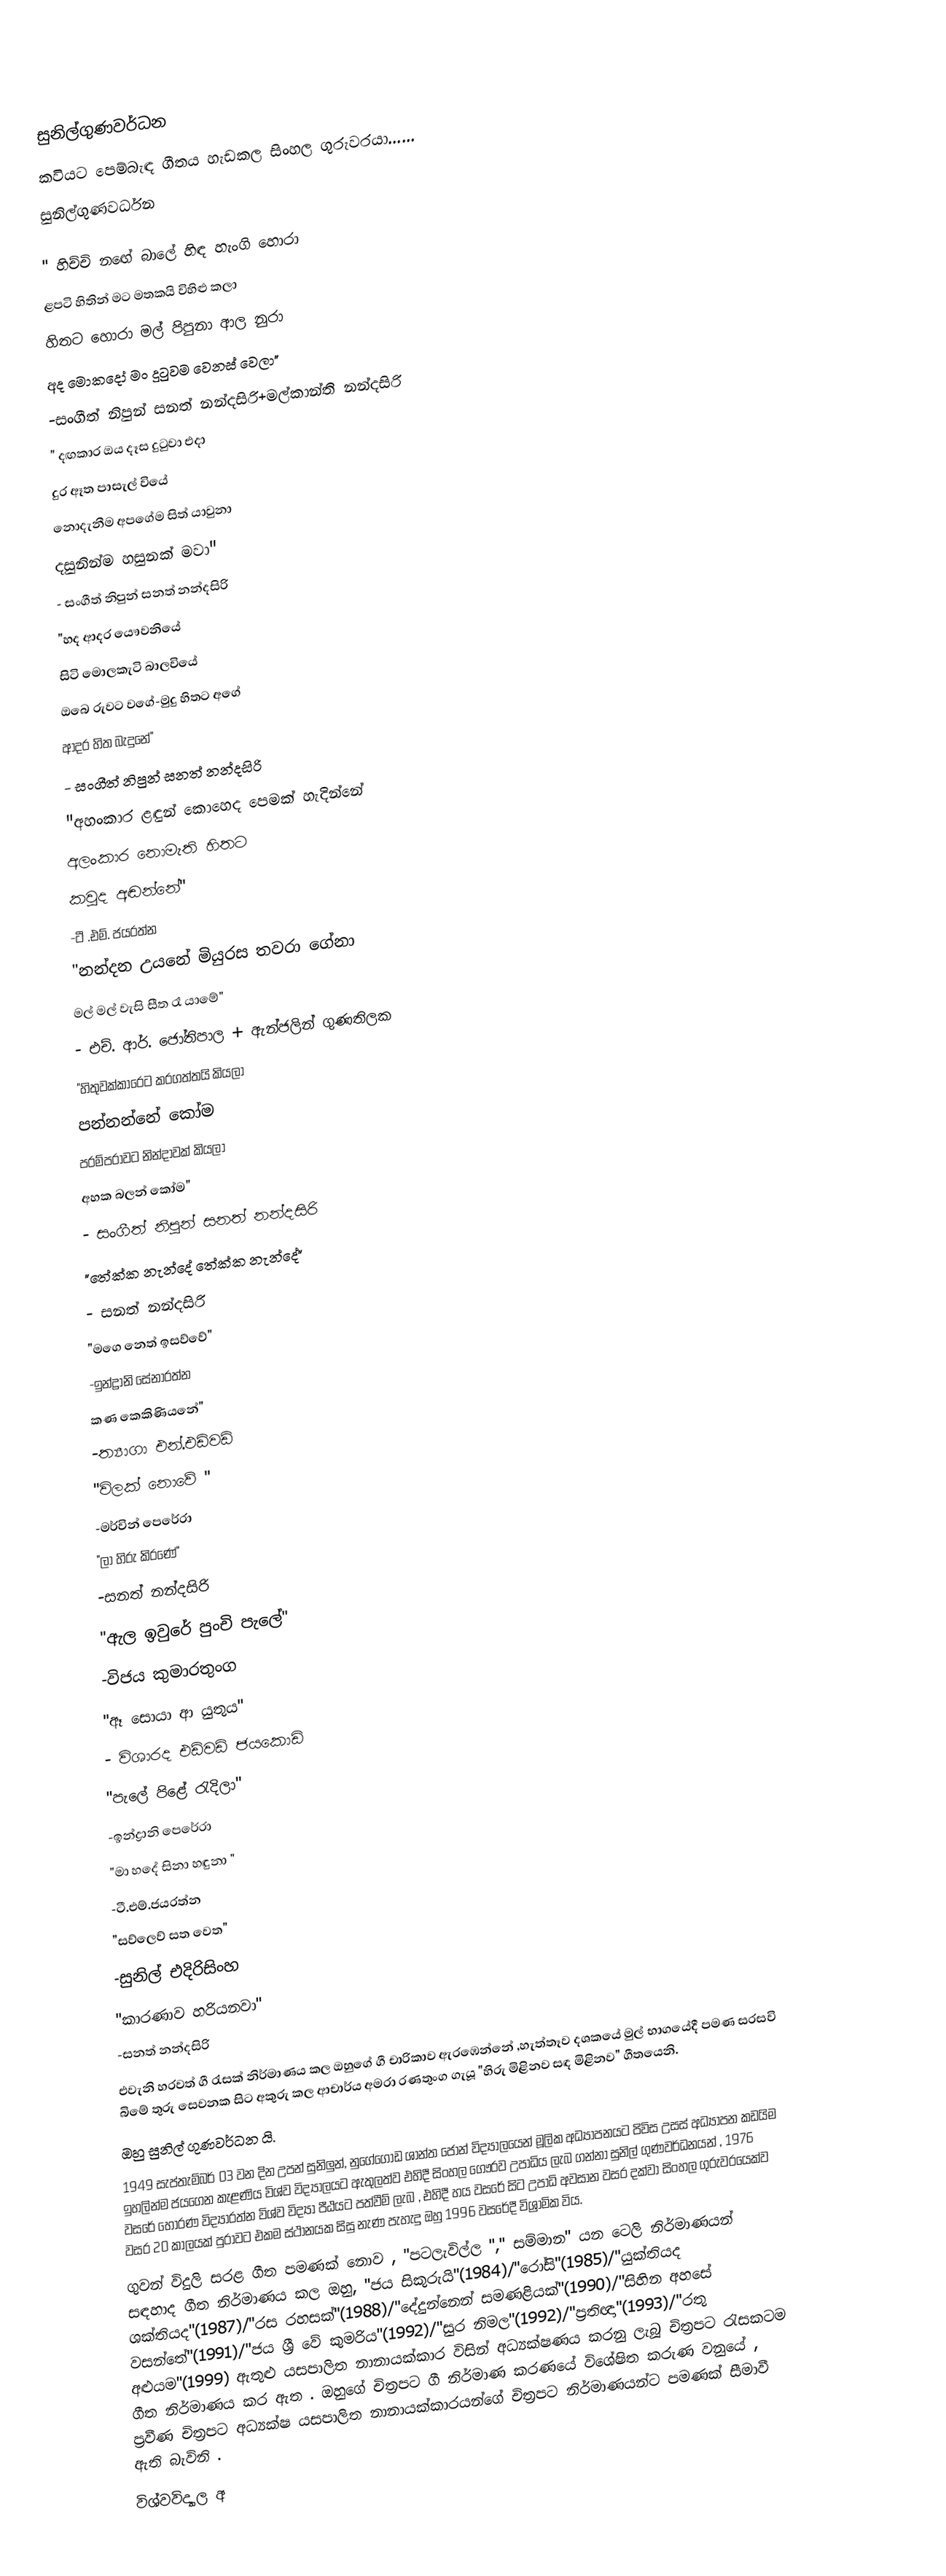

සුනිල්ගුණවර්ධන
කවියට පෙම්බැඳ ගීතය හැඩකල  සිංහල ගුරුවරයා......
සුනිල්ගුණවර්ධන

" හිච්චි නඟේ බාලේ හිඳ හැංගි හොරා
ළපටි හිතින් මට මතකයි විහිළු කලා
හිතට හොරා මල් පිපුනා ආල නුරා
අද මොකදෝ මං දුටුවම වෙනස් වෙලා"
    -සංගීත් නිපුන් සනත් නන්දසිරි+මල්කාන්ති නන්දසිරි
" දඟකාර ඔය දෑස දුටුවා එදා
දුර ඈත පාසැල් වියේ
නොදැනීම අපගේම සිත් යාවුනා
දසුනින්ම හසුනක් මවා"
 - සංගීත් නිපුන් සනත් නන්දසිරි
"හද ආදර යෞවනියේ
සිටි මොලකැටි බාලවියේ
ඔබෙ රුවට වගේ-මුදු හිතට අගේ
ආදර හිත බැදුනේ"
  - සංගීත් නිපුන් සනත් නන්දසිරි
"අහංකාර ළඳුන් කොහෙද පෙමක් හැදින්නේ
අලංකාර නොමැති හිතට
කවුද අඬන්නේ"
     -ටී .එම්. ජයරත්න
"නන්දන උයනේ මියුරස තවරා ගේනා
මල් මල් වැසි සීත රෑ යාමේ"
  - එච්. ආර්. ජෝතිපාල + ඇන්ජලින් ගුණතිලක
"හිතුවක්කාරෙට කරගත්තයි කියලා
පන්නන්නේ කෝම
පරම්පරාවට නින්දාවක් කියලා
අහක බලන් කෝම"
  - සංගීත් නිපුන් සනත් නන්දසිරි
"තේක්ක නැන්දේ තේක්ක නැන්දේ"
- සනත් නන්දසිරි
"මගෙ නෙත් ඉසව්වේ"
-ඉන්ද්‍රානි සේනාරත්න
කණ කෙකිණියනේ"
-ත්‍යාගා එන්.එඩ්වඩ්
"විලක් නොවේ "
-මර්වින් පෙරේරා
"ලා හිරු කිරණේ"
-සනත් නන්දසිරි
"ඇල ඉවුරේ පුංචි පැලේ"
-විජය කුමාරතුංග
"ඈ සොයා ආ යුතුය"
- විශාරද එඩ්වඩ් ජයකොඩි
"පැලේ පිළේ රැදිලා"
-ඉන්ද්‍රානි පෙරේරා
"මා හදේ සිනා හඳුනා "
-ටී.එම්.ජයරත්න
"සව්ලෙව් සත වෙත"
-සුනිල් එදිරිසිංහ
"කාරණාව හරියනවා"
-සනත් නන්දසිරි
     එවැනි හරවත් ගී රැසක් නිර්මාණය කල ඔහුගේ ගී චාරිකාව ඇරඹෙන්නේ ,හැත්තෑව දශකයේ මුල් භාගයේදී පමණ සරසවි බිමේ තුරු සෙවනක සිට අකුරු කල ආචාර්ය අමරා රණතුංග ගැයූ "හිරු මිළිනව සඳ මිළිනව" ගීතයෙනි.
ඔහු සුනිල් ගුණවර්ධන යි.
1949 සැප්තැම්බර් 03 වන දින උපන් සුනිලුන්, නුගේගොඩ ශාන්ත ජෝන් විද්‍යාලයෙන් මූලික අධ්‍යාපනයට පිවිස උසස් අධ්‍යාපන කඩයිම ඉහලින්ම ජයගෙන කැළණිය විශ්ව විද්‍යාලයට ඇතුලත්ව එහිදී සිංහල ගෞරව උපාධිය ලැබ ගන්නා සුනිල් ගුණවර්ධනයන් , 1976 වසරේ හොරණ විද්‍යාරත්න විශ්ව විද්‍යා පීඨයට පත්වීම් ලැබ , එහිදී හය වසරේ සිට උපාධි අවසාන වසර දක්වා සිංහල ගුරුවරයෙක්ව වසර 20 කාලයක් පුරාවට එකම ස්ථානයක සිසු නැණ පැහැදු ඔහු 1996 වසරේදී විශ්‍රාමික විය.
     ගුවන් විදුලි සරළ ගීත පමණක් නොව , "පටලැවිල්ල "," සම්මාන" යන ටෙලි නිර්මාණයන් සඳහාද ගීත නිර්මාණය කල ඔහු, "ජය සිකුරුයි"(1984)/"රෝසි"(1985)/"යුක්තියද ශක්තියද"(1987)/"රස රහසක්"(1988)/"දේදුන්නෙන් සමණළියක්"(1990)/"සිහින අහසේ වසන්තේ"(1991)/"ජය ශ්‍රී වේ කුමරිය"(1992)/"සුර නිමල"(1992)/"ප්‍රතිඥා"(1993)/"රතු අළුයම"(1999) ඇතුළු යසපාලිත නානායක්කාර විසින් අධ්‍යක්ෂණය කරනු ලැබූ චිත්‍රපට රැසකටම ගීත නිර්මාණය කර ඇත . ඔහුගේ චිත්‍රපට ගී නිර්මාණ කරණයේ විශේෂිත  කරුණ වනුයේ , ප්‍රවීණ චිත්‍රපට අධ්‍යක්ෂ යසපාලිත නානායක්කාරයන්ගේ චිත්‍රපට  නිර්මාණයන්ට පමණක් සීමාවී ඇති බැවිනි .
     විශ්වවිද්‍යාල අ